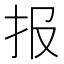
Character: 报